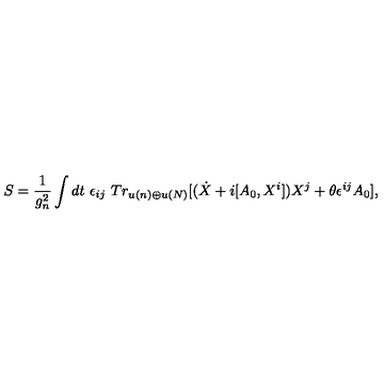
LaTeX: S = \frac { 1 } { g _ { n } ^ { 2 } } \int d t \ \epsilon _ { i j } \ T r _ { u ( n ) \oplus u ( N ) } \lbrack ( \dot { X } + i [ A _ { 0 } , X ^ { i } ] ) X ^ { j } + \theta \epsilon ^ { i j } A _ { 0 } \rbrack ,